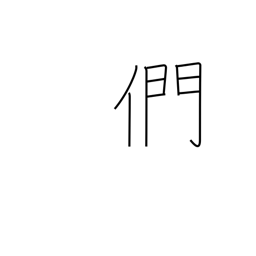
Meaning: plural suffix